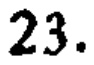
23